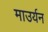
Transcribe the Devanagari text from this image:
माउर्यन